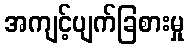
အကျင့်ပျက်ခြစားမှု